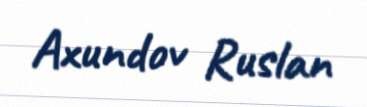
Axundov Ruslan